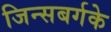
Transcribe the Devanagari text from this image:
जिन्सबर्गके